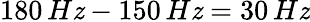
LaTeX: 180\, H\mathit{z}-150\, H\mathit{z}=30\, H\mathit{z}